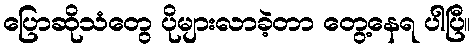
ပြောဆိုသံတွေ ပိုများလာခဲ့တာ တွေ့နေရ ပါပြီ။